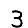
Digit: 3